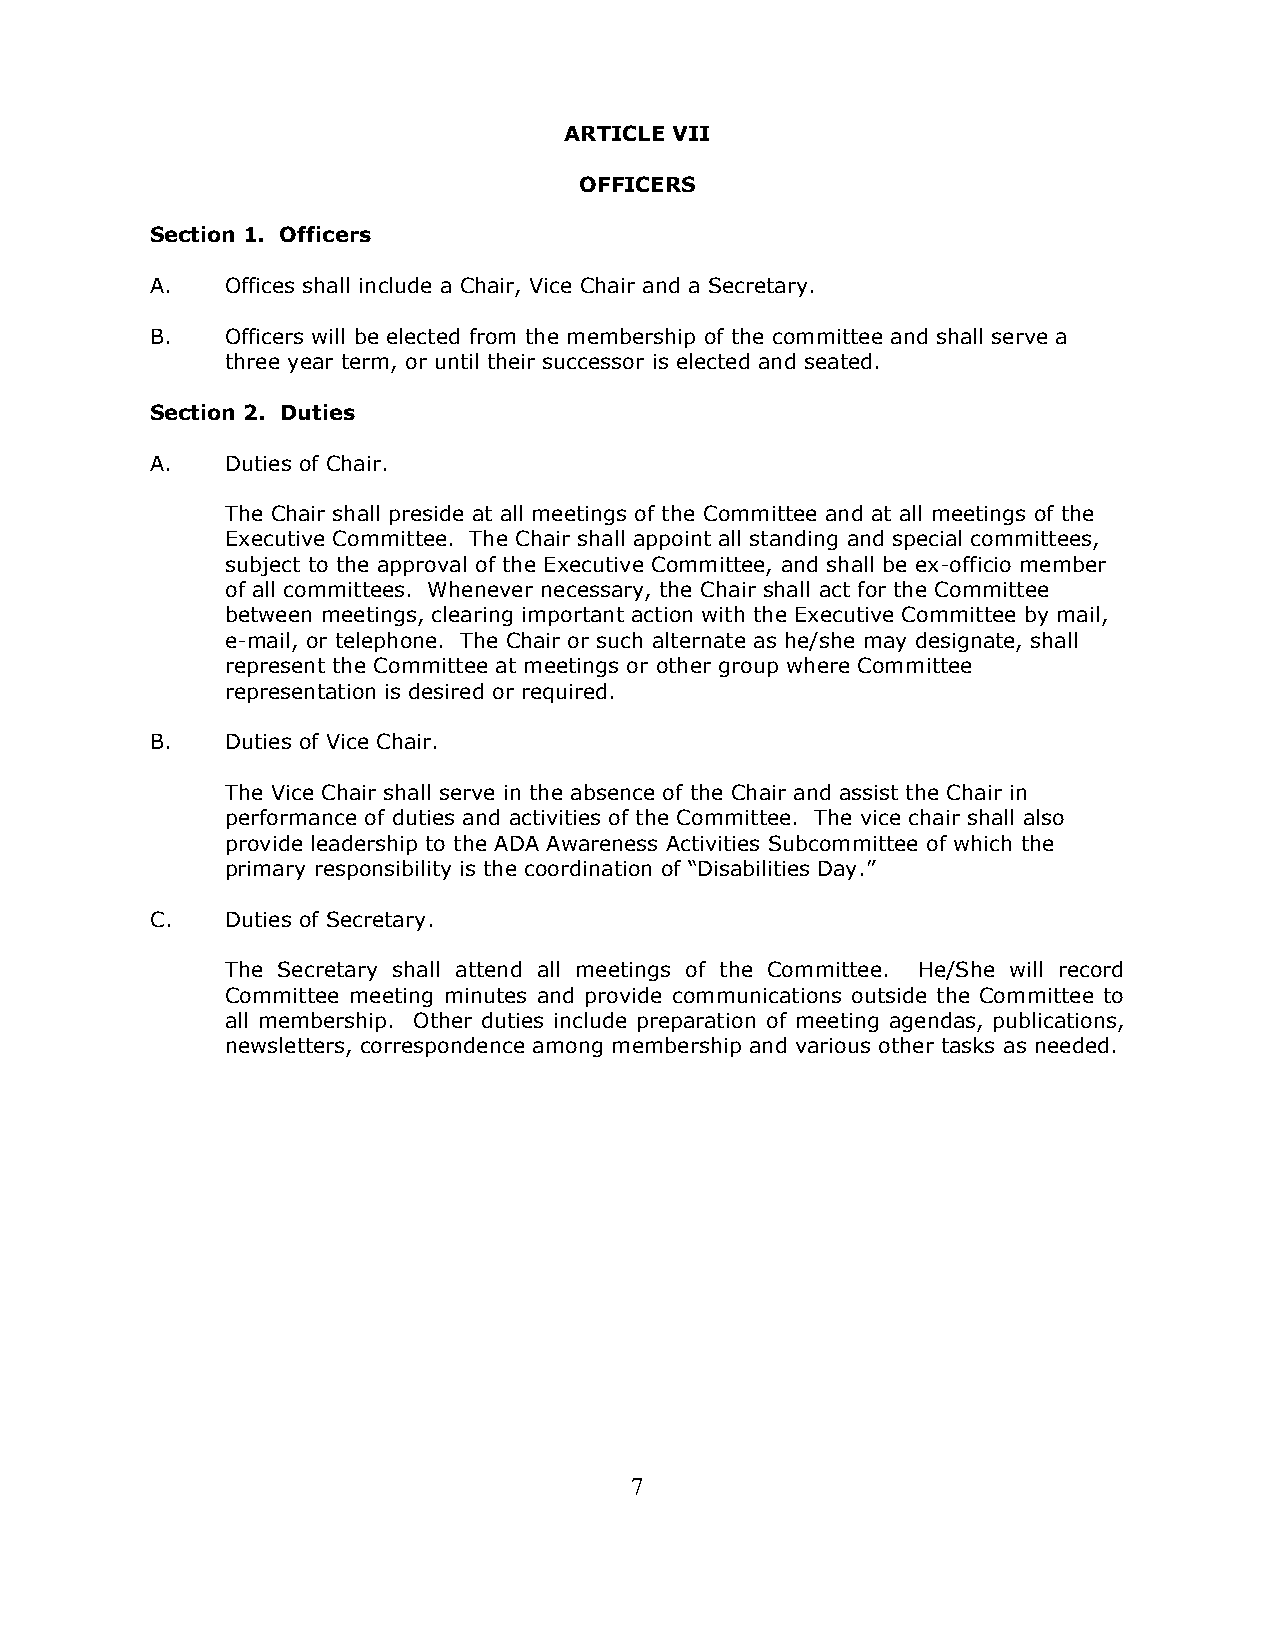
ARTICLE VII
 OFFICERS
 Section 1. Officers
 A.   Offices shall include a Chair, Vice Chair and a Secretary.
 B.   Officers will be elected from the membership of the committee and shall serve a
 three year term, or until their successor is elected and seated.
 Section 2. Duties
 A.   Duties of Chair.
 The Chair shall preside at all meetings of the Committee and at all meetings of the
 Executive Committee. The Chair shall appoint all standing and special committees,
 subject to the approval of the Executive Committee, and shall be ex-officio member
 of all committees. Whenever necessary, the Chair shall act for the Committee
 between meetings, clearing important action with the Executive Committee by mail,
 e-mail, or telephone. The Chair or such alternate as he/she may designate, shall
 represent the Committee at meetings or other group where Committee
 representation is desired or required.
 B.   Duties of Vice Chair.
 The Vice Chair shall serve in the absence of the Chair and assist the Chair in
 performance of duties and activities of the Committee. The vice chair shall also
 provide leadership to the ADA Awareness Activities Subcommittee of which the
 primary responsibility is the coordination of “Disabilities Day.”
 C.   Duties of Secretary.
 The Secretary shall attend all meetings of the Committee. He/She will record
 Committee meeting minutes and provide communications outside the Committee to
 all membership. Other duties include preparation of meeting agendas, publications,
 newsletters, correspondence among membership and various other tasks as needed.
 7